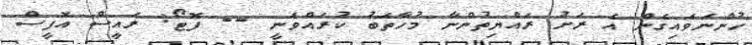
ހުންނަވައިގެން އެ ރަށު ރައްޔިތުންނާ މުހާތަބު ކުރައްވަނީ -- ފޮޓޯ: ރައީސް އޮފީސް